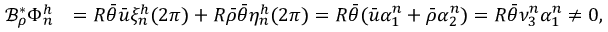
\begin{array} { r l } { \mathcal { B } _ { \rho } ^ { * } \Phi _ { n } ^ { h } } & { = R \bar { \theta } \bar { u } \xi _ { n } ^ { h } ( 2 \pi ) + R \bar { \rho } \bar { \theta } \eta _ { n } ^ { h } ( 2 \pi ) = R \bar { \theta } ( \bar { u } \alpha _ { 1 } ^ { n } + \bar { \rho } \alpha _ { 2 } ^ { n } ) = R \bar { \theta } \nu _ { 3 } ^ { n } \alpha _ { 1 } ^ { n } \neq 0 , } \end{array}